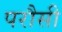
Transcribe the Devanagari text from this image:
परौसी